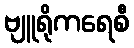
ဗျူရိုကရေစီ